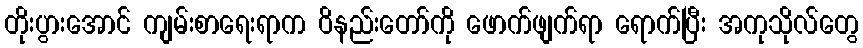
တိုးပွားအောင် ကျမ်းစာရေးရာက ဝိနည်းတော်ကို ဖောက်ဖျက်ရာ ရောက်ပြီး အကုသိုလ်တွေ